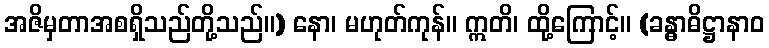
အဇိမှတာအစရှိသည်တို့သည်။) နော၊ မဟုတ်ကုန်။ ဣတိ၊ ထို့ကြောင့်။ (ခန္ဓာဓိဋ္ဌာနာဝ